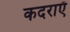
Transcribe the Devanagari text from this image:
कदराएँ